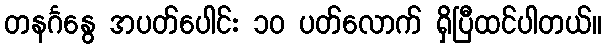
တနင်္ဂနွေ အပတ်ပေါင်း ၁၀ ပတ်လောက် ရှိပြီထင်ပါတယ်။